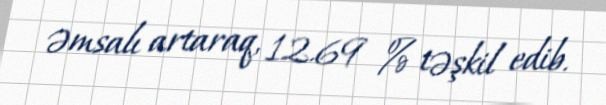
əmsalı artaraq, 12.69 % təşkil edib.